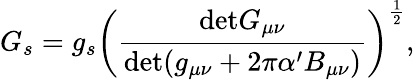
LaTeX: G_{s}=g_{s}\biggl(\frac{\mathrm{det}G_{\mu\nu}}{\mathrm{det}(g_{\mu\nu}+2\pi\alpha^{\prime}B_{\mu\nu})}\biggr)^{\frac{1}{2}},